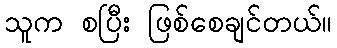
သူက စပြီး ဖြစ်စေချင်တယ်။